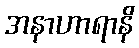
အနာဟာရာနိ